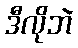
ဒီလိုဘဲ